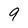
Character: 9